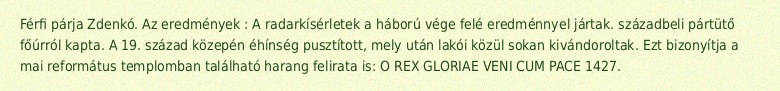
Férfi párja Zdenkó. Az eredmények : A radarkísérletek a háború vége felé eredménnyel jártak. századbeli pártütő főúrról kapta. A 19. század közepén éhínség pusztított, mely után lakói közül sokan kivándoroltak. Ezt bizonyítja a mai református templomban található harang felirata is: O REX GLORIAE VENI CUM PACE 1427.